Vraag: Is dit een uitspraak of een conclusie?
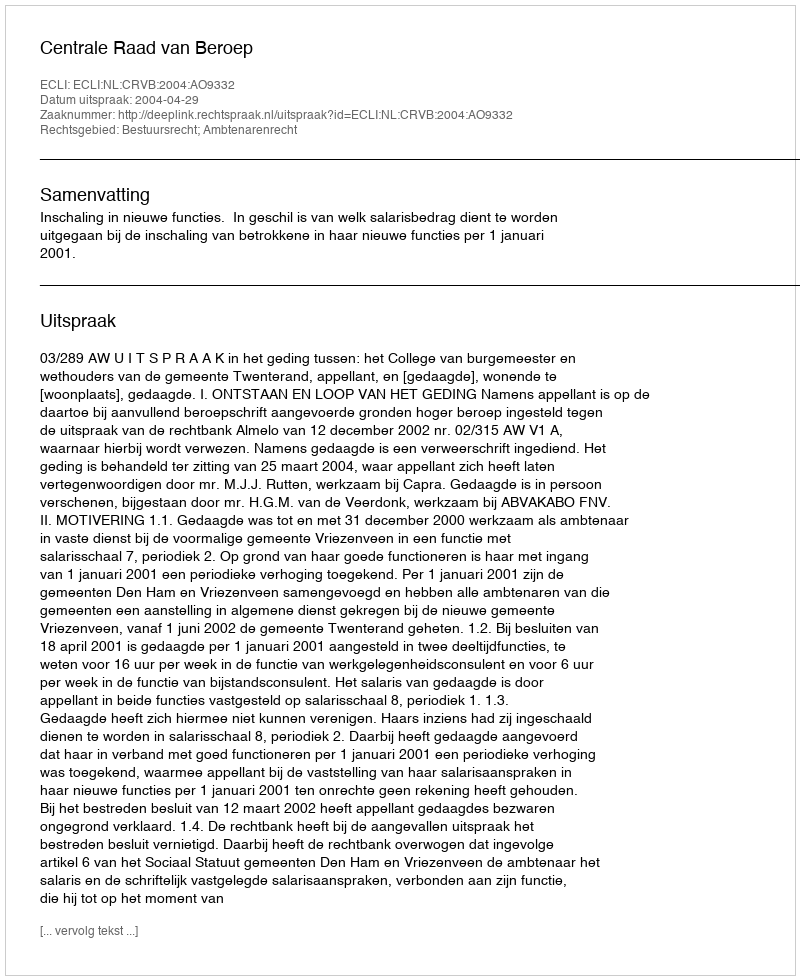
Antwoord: Uitspraak